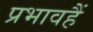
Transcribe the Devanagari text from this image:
प्रभावहैं